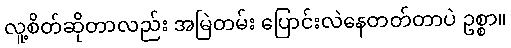
လူ့စိတ်ဆိုတာလည်း အမြဲတမ်း ပြောင်းလဲနေတတ်တာပဲ ဥစ္စာ။